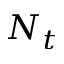
N _ { t }